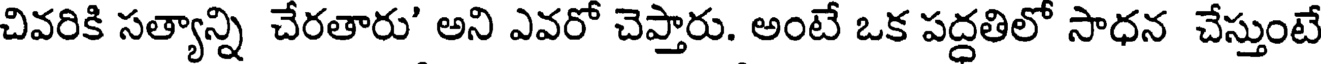
చివరికి సత్యాన్ని చేరతారు' అని ఎవరో చెప్తారు. అంటే ఒక పద్ధతిలో సాధన చేస్తుంటే